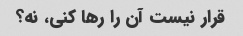
قرار نیست آن را رها کنی، نه؟